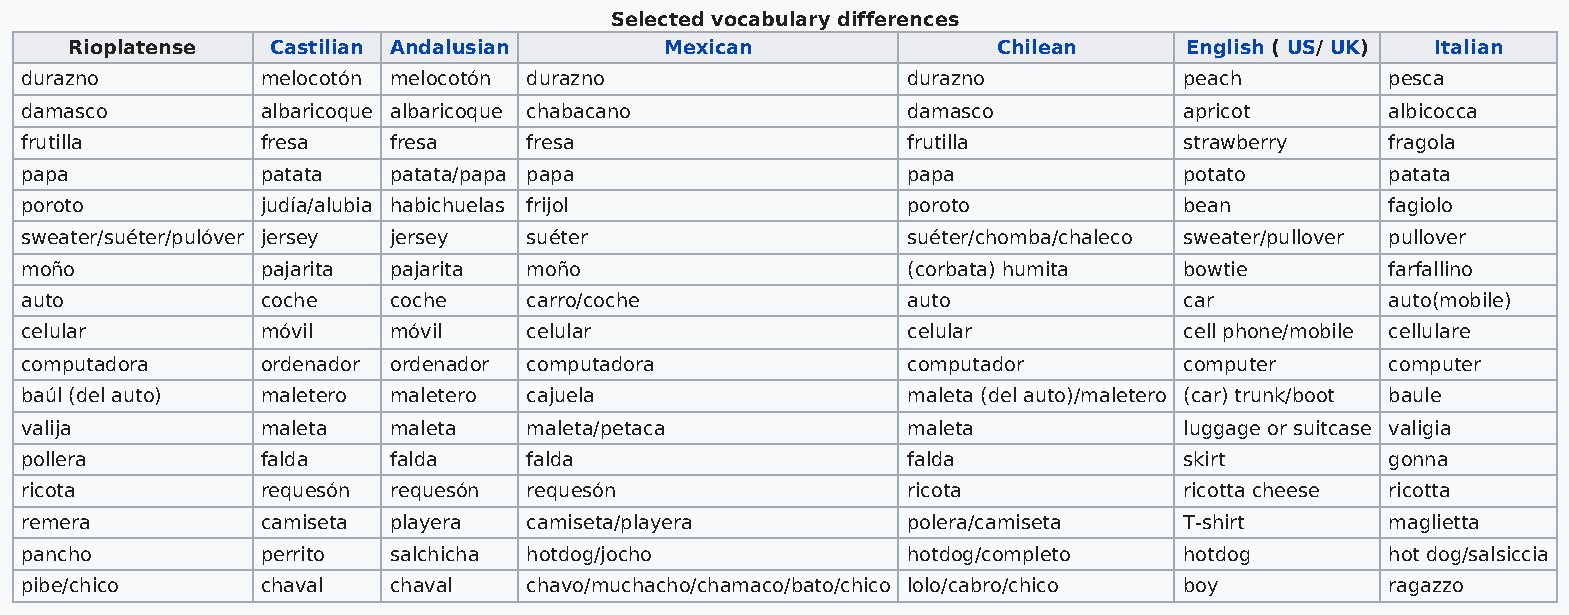
Selected vocabulary differences
 Rioplatense  Castilian Andalusian      Mexican               Chilean      English ( US/ UK) Italian
 durazno         melocotón melocotón durazno                durazno           peach         pesca
 damasco         albaricoque albaricoque chabacano          damasco           apricot       albicocca
 frutilla        fresa    fresa    fresa                    frutilla          strawberry    fragola
 papa            patata   patata/papa papa                  papa              potato        patata
 poroto          judía/alubia habichuelas frijol            poroto            bean          fagiolo
 sweater/suéter/pulóver jersey jersey suéter                suéter/chomba/chaleco sweater/pullover pullover
 moño            pajarita pajarita moño                     (corbata) humita  bowtie        farfallino
 auto            coche    coche    carro/coche              auto              car           auto(mobile)
 celular         móvil    móvil    celular                  celular           cell phone/mobile cellulare
 computadora     ordenador ordenador computadora            computador        computer      computer
 baúl (del auto) maletero maletero cajuela                  maleta (del auto)/maletero (car) trunk/boot baule
 valija          maleta   maleta   maleta/petaca            maleta            luggage or suitcase valigia
 pollera         falda    falda    falda                    falda             skirt         gonna
 ricota          requesón requesón requesón                 ricota            ricotta cheese ricotta
 remera          camiseta playera  camiseta/playera         polera/camiseta   T-shirt       maglietta
 pancho          perrito  salchicha hotdog/jocho            hotdog/completo   hotdog        hot dog/salsiccia
 pibe/chico      chaval   chaval   chavo/muchacho/chamaco/bato/chico lolo/cabro/chico boy   ragazzo